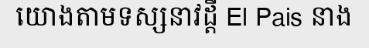
យោងតាមទស្សនាវដ្តី El Pais នាង